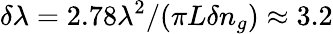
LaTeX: \delta\lambda=2.78\lambda^{2}/(\pi L\delta n_{g})\approx 3.2